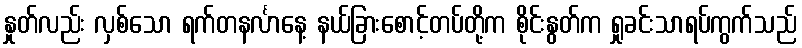
နှုတ်လည်း လှစ်သော ရက်တနင်္လာနေ့ နယ်ခြားစောင့်တပ်တို့က စိုင်းနွတ်က ရှုခင်းသာရပ်ကွက်သည်